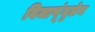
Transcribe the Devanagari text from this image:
विजाणूंमुळेच